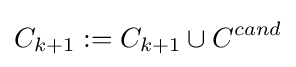
C_{k+1}:=C_{k+1}\cup C^{cand}